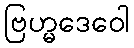
ဗြဟ္မဒေဝေါ